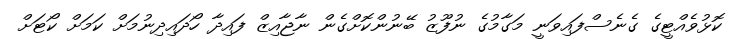
ކޮޅުވެއްޓީގެ ގެނެސްފައިވަނީ މަގާމުގެ ނުފޫޒު ބޭނުންކޮށްގެން ނާޖާއިޒް ފައިދާ ހޯދައިދިނުމަށް ކަމަށް ކޯޓަށް